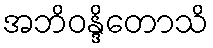
အဘိဝန္ဒိတောသိ